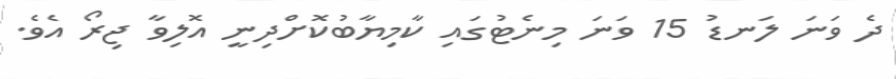
ދެ ވަނަ ލަނޑު 15 ވަނަ މިނެޓުގައި ކާމިޔާބުކޮށްދިނީ އޮލިވާ ޖިރޯ އެވެ.